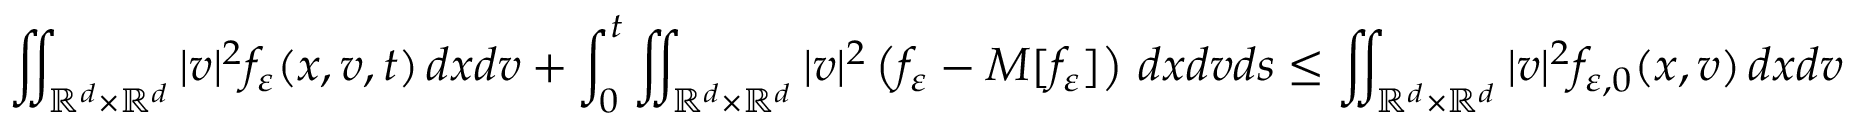
\iint _ { \mathbb R ^ { d } \times \mathbb R ^ { d } } | v | ^ { 2 } f _ { \varepsilon } ( x , v , t ) \, d x d v + \int _ { 0 } ^ { t } \iint _ { \mathbb R ^ { d } \times \mathbb R ^ { d } } | v | ^ { 2 } \left( f _ { \varepsilon } - M [ f _ { \varepsilon } ] \right) \, d x d v d s \leq \iint _ { \mathbb R ^ { d } \times \mathbb R ^ { d } } | v | ^ { 2 } f _ { \varepsilon , 0 } ( x , v ) \, d x d v